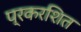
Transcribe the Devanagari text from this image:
प्रकरशित